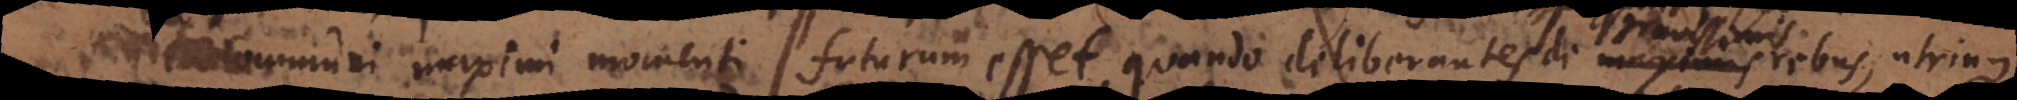
communi maximi momenti futurum esset, quando deliberantes de gravissimis rebus, utrinque